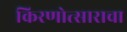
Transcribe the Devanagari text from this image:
किरणोत्साराचा